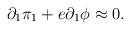
LaTeX: \begin{align*}\partial _{1}\pi _{1}+e\partial _{1}\phi \approx 0. \end{align*}